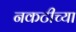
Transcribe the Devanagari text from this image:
नकटीच्या